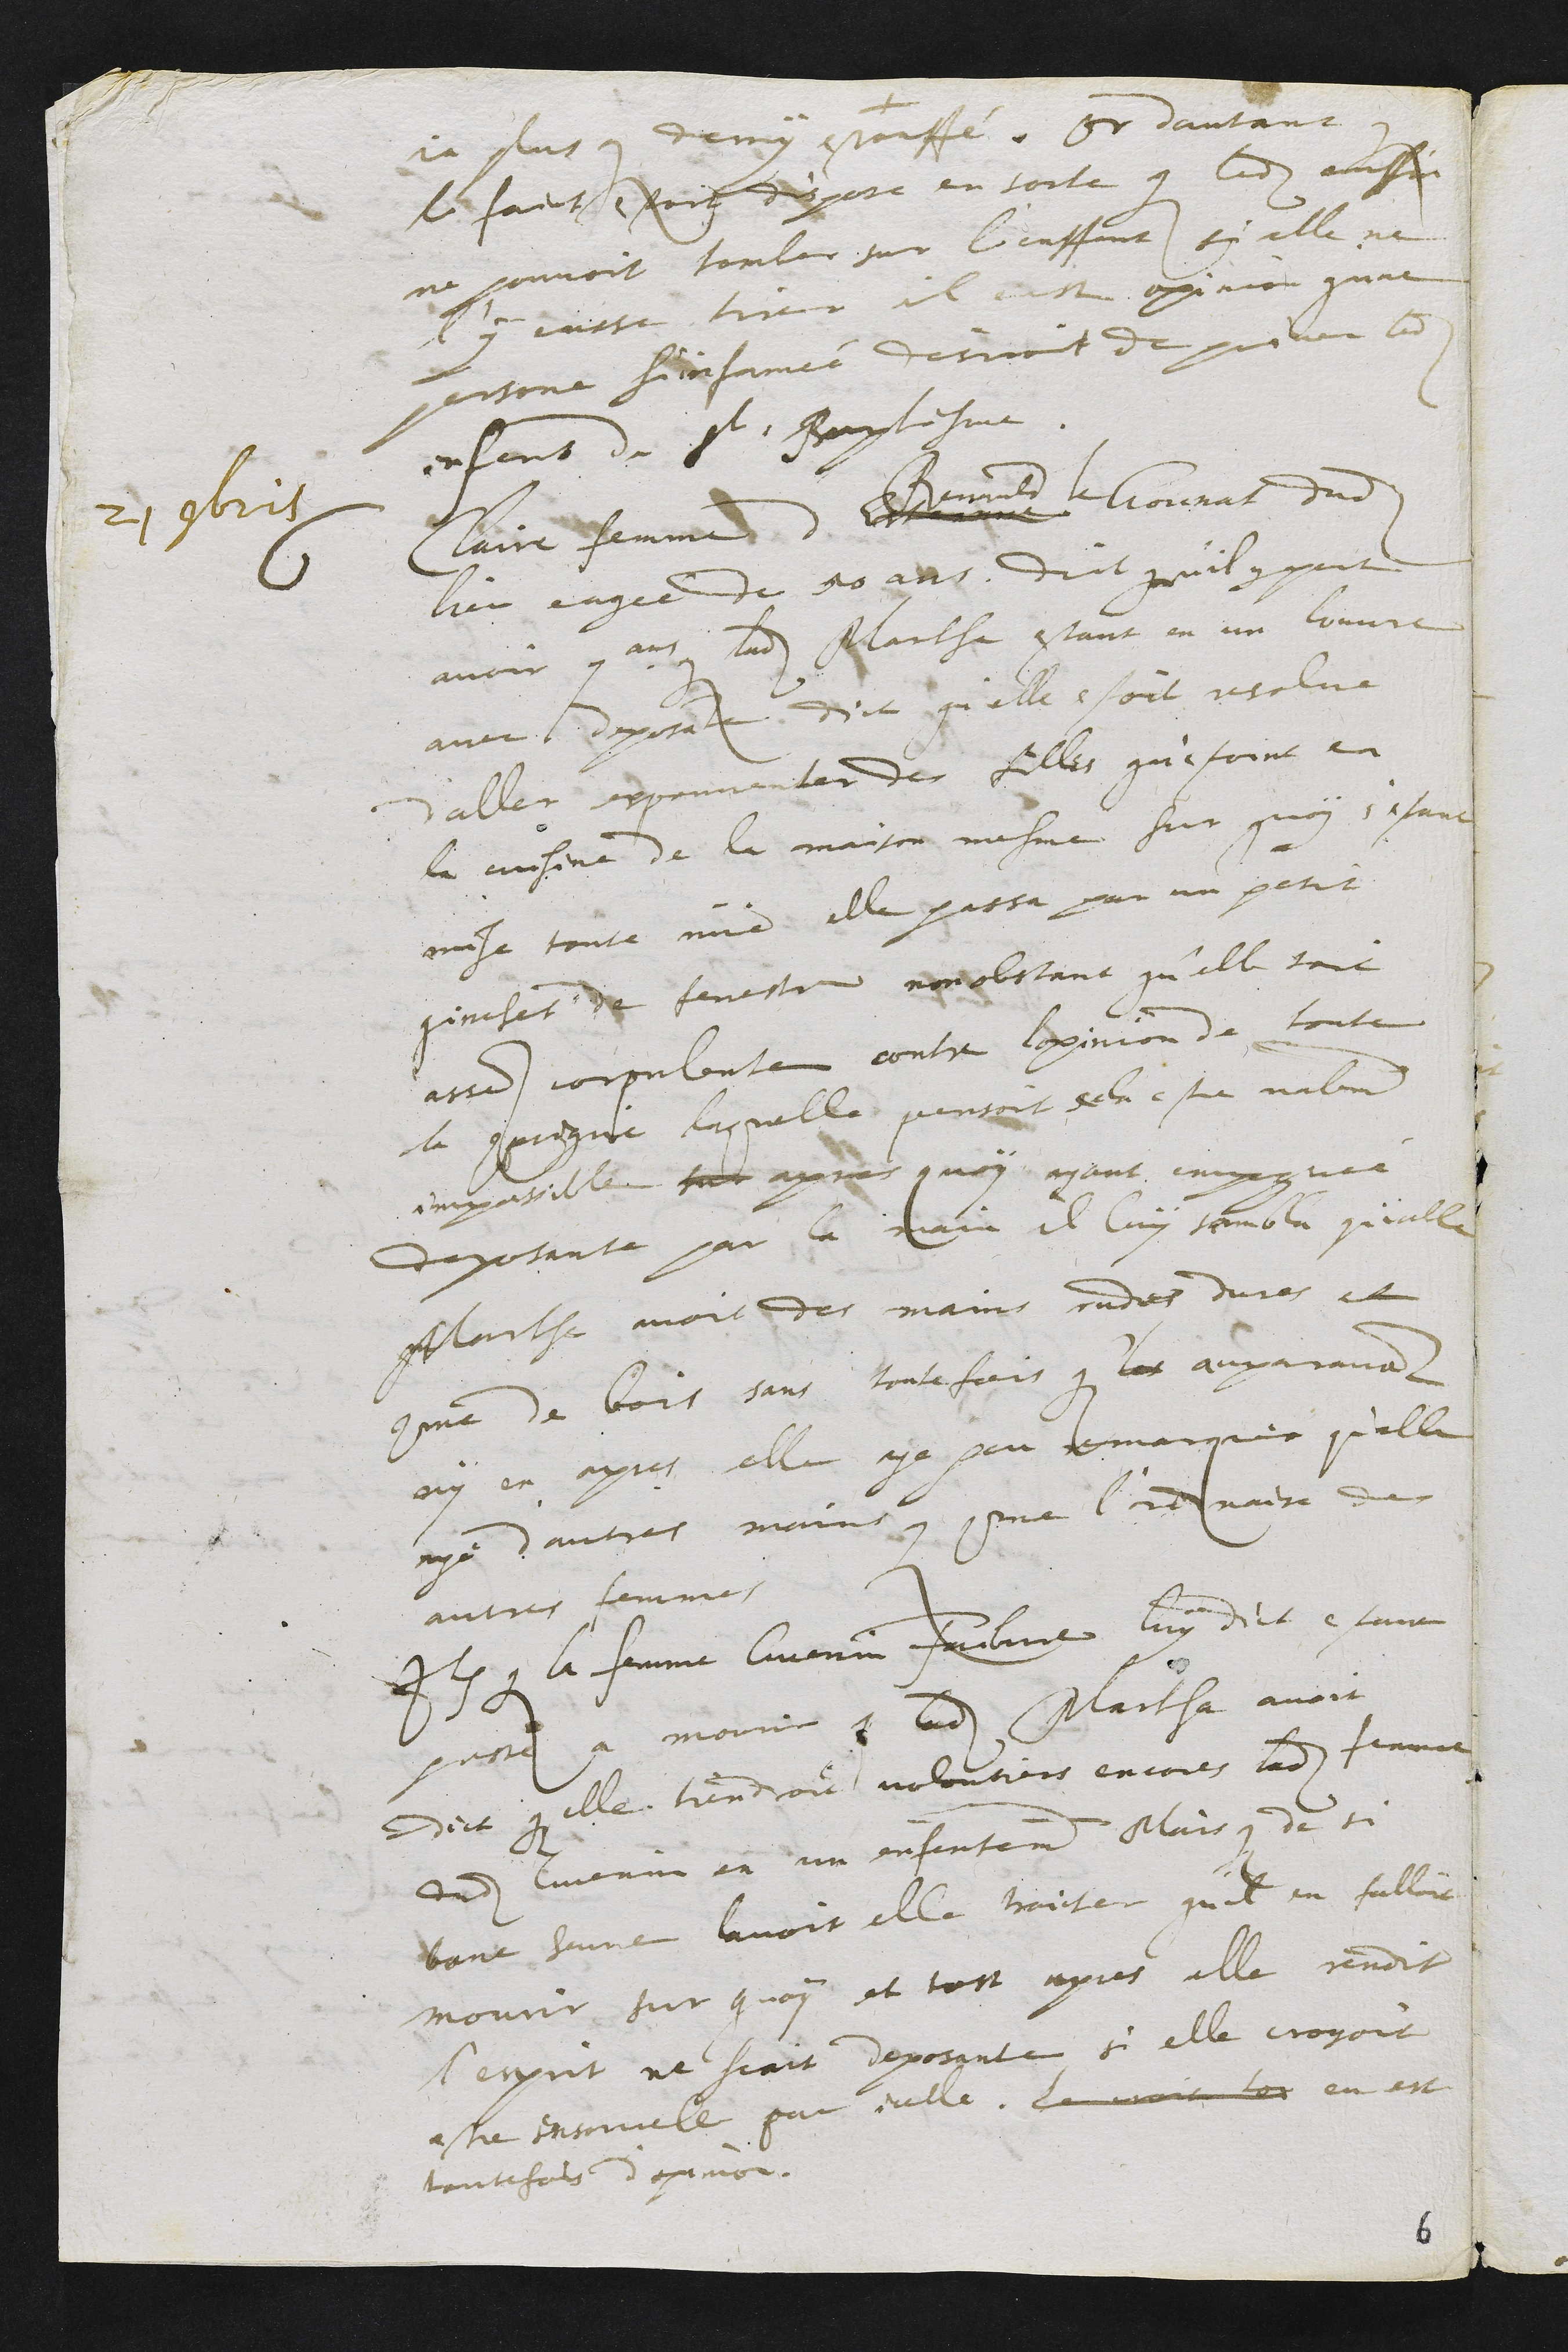
ja plus que demy estouffé. Or dautant que
le faict estoit dispose en sorte que ledit coussin
ne pouvoit tomber sur l'enffant si elle ne
l'y eusse tirer il eust opinion qu'ne
persone si infamée desiroit de priver ledit
enfant du St Baptesme.
21 novembris
6 Claire femme de Estienne
Renauld le
Gounat dudit
lieu eagée de 50 ans dict qu'il y peut
avoir 7 ans que ladite Marthe estant en un louvre
avec deposante dict qu'elle estoit resolue
d'aller espouvanter des filles qui estoint en
la cuisine de la maison mesme. Sur quoy s'estant
mise toute nue elle passa par un petit
guinchet de fenestre non obstant qu'elle soit
assez corpulente contre lopinion de toute
la compaignie laquelle pensoit cela estre naturellement
impossible sur apres quoy ayant empoignée
deposante par la main il luy sembla qu'elle
Marthe avoit des mains rudes dures et
comme de bois sans toutefois que les auparavant
ny en apres elle aye peu remarquer qu'elle
aye d'autres mains que comme l'ordinaire des
autres femmes
Item que la femme Guenin Faibvre luy dict estant
preste a mourir que ladite Martha avoit
dict que elle tiendroit volontiers encores ladite femme
dudit Guenin en un enfantement Mais que de si
bone heure lavoit elle traicter qu'il en falloit
mourir sur quoy et tost apres elle rendit
l'esprit ne scait deposante si elle croyoit
estre ensorcele par icelle. le croit tos en est
toutefois d'opinion.